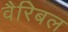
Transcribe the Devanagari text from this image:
वैरिबल